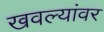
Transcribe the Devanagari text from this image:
खवल्यांवर